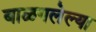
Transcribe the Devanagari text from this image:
बाळगलेल्या